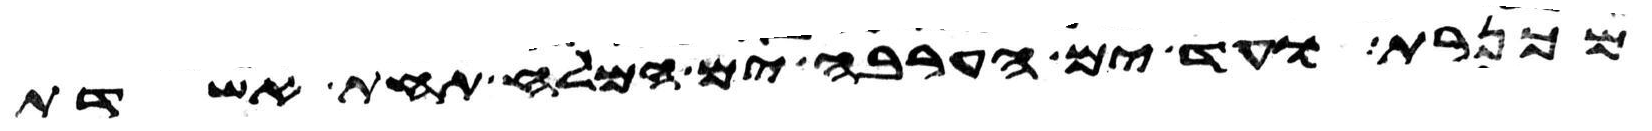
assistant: מכנרת ועד ים הערבה ים המלח תחת אשדות